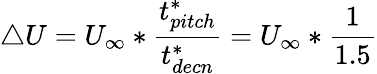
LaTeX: \triangle U=U_{\infty}*\frac{t_{pitch}^{*}}{t_{decn}^{*}}=U_{\infty}*\frac{1}{1.5}